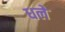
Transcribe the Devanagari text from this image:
धले